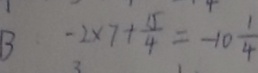
B - 2 \times 7 + \frac { 1 5 } { 4 } = - 1 0 \frac { 1 } { 4 }